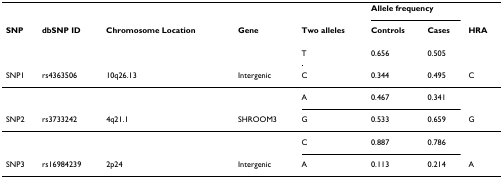
|  |  |  |  |  | <COLSPAN=2> Allele frequency |  |
 | SNP | dbSNP ID | Chromosome Location | Gene | Two alleles | Controls | Cases | HRA |
 | --- | --- | --- | --- | --- | --- | --- | --- |
 |  |  |  |  | T | 0.656 | 0.505 |  |
 | SNP1 | rs4363506 | 10q26.13 | Intergenic | C | 0.344 | 0.495 | C |
 |  |  |  |  | A | 0.467 | 0.341 |  |
 | SNP2 | rs3733242 | 4q21.1 | SHROOM3 | G | 0.533 | 0.659 | G |
 |  |  |  |  | C | 0.887 | 0.786 |  |
 | SNP3 | rs16984239 | 2p24 | Intergenic | A | 0.113 | 0.214 | A |